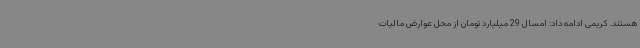
هستند. کریمی ادامه داد: امسال 29 میلیارد تومان از محل عوارض مالیات